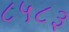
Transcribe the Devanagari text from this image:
८५८३